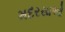
મદરસાઓ